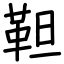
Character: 靼